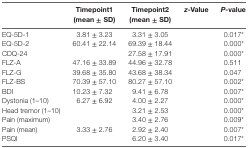
<table><thead><tr><td>[EMPTY_CELL]</td><td><b>Timepoint1 (mean ± SD)</b></td><td><b>Timepoint2 (mean ± SD)</b></td><td><b><i>z</i>-Value</b></td><td><b><i>P</i>-value</b></td></tr></thead><tbody><tr><td>EQ-5D-1</td><td>3.81 ± 3.23</td><td>3.31 ± 3.05</td><td>[EMPTY_CELL]</td><td>0.017*</td></tr><tr><td>EQ-5D-2</td><td>60.41 ± 22.14</td><td>69.39 ± 18.44</td><td>[EMPTY_CELL]</td><td>0.000*</td></tr><tr><td>CDQ-24</td><td>[EMPTY_CELL]</td><td>27.58 ± 17.91</td><td>[EMPTY_CELL]</td><td>0.000*</td></tr><tr><td>FLZ-A</td><td>47.16 ± 33.89</td><td>44.96 ± 32.78</td><td>[EMPTY_CELL]</td><td>0.511</td></tr><tr><td>FLZ-G</td><td>39.68 ± 35.80</td><td>43.68 ± 38.34</td><td>[EMPTY_CELL]</td><td>0.047</td></tr><tr><td>FLZ-BS</td><td>70.39 ± 57.10</td><td>80.27 ± 57.10</td><td>[EMPTY_CELL]</td><td>0.002*</td></tr><tr><td>BDI</td><td>10.23 ± 7.32</td><td>9.41 ± 6.78</td><td>[EMPTY_CELL]</td><td>0.007*</td></tr><tr><td>Dystonia (1–10)</td><td>6.27 ± 6.92</td><td>4.00 ± 2.27</td><td>[EMPTY_CELL]</td><td>0.000*</td></tr><tr><td>Head tremor (1–10)</td><td>[EMPTY_CELL]</td><td>3.21 ± 2.53</td><td>[EMPTY_CELL]</td><td>0.000*</td></tr><tr><td>Pain (maximum)</td><td>[EMPTY_CELL]</td><td>3.40 ± 2.76</td><td>[EMPTY_CELL]</td><td>0.009*</td></tr><tr><td>Pain (mean)</td><td>3.33 ± 2.76</td><td>2.92 ± 2.40</td><td>[EMPTY_CELL]</td><td>0.007*</td></tr><tr><td>PSQI</td><td>[EMPTY_CELL]</td><td>6.20 ± 3.40</td><td>[EMPTY_CELL]</td><td>0.017*</td></tr></tbody></table>